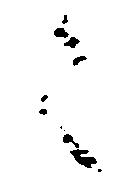
々